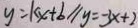
y = k x + b / / y = - 3 x + 2